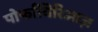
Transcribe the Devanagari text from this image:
पोर्फायिरिआज़